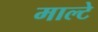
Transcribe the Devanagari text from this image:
माल्टे